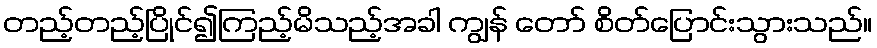
တည့်တည့်ပြိုင်၍ကြည့်မိသည့်အခါ ကျွန် တော် စိတ်ပြောင်းသွားသည်။